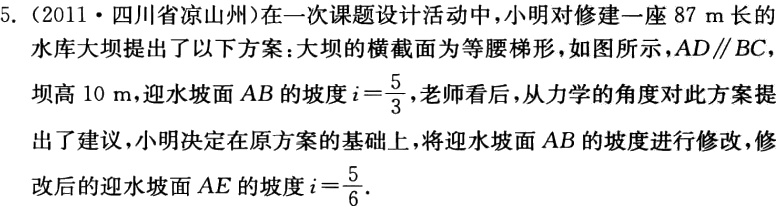
5.（2011·四川省凉山州）在一次课题设计活动中，小明对修建一座\(87\)m 长的水库大坝提出了以下方案：大坝的横截面为等腰梯形，如图所示，\(AD\parallel BC\)，坝高\(10\)m，迎水坡面\(AB\)的坡度\(i = \frac{5}{3}\)，老师看后，从力学的角度对此方案提出了建议，小明决定在原方案的基础上，将迎水坡面\(AB\)的坡度进行修改，修改后的迎水坡面\(AE\)的坡度\(i=\frac{5}{6}\)。